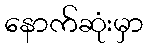
နောက်ဆုံးမှာ